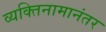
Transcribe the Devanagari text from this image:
व्यक्तिनामानंतर